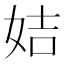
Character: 姞